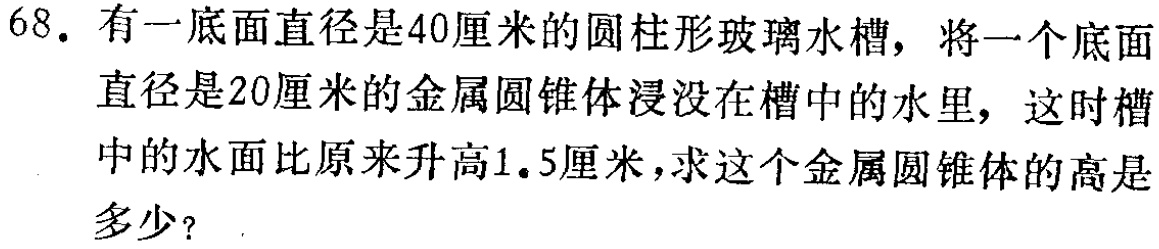
68. 有一底面直径是40厘米的圆柱形玻璃水槽，将一个底面直径是20厘米的金属圆锥体浸没在槽中的水里，这时槽中的水面比原来升高1.5厘米，求这个金属圆锥体的高是多少？